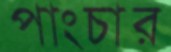
পাংচার